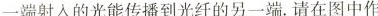
一端射入的光能传播到光纤的另一端。请在图中作